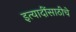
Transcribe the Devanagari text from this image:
इत्यादींसाठीचे